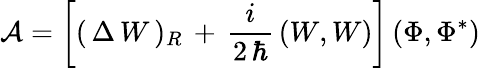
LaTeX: {\cal A}=\left[(\, \Delta\, W\, )_{R}\, +\, \frac{i}{2\, \hbar}\, (W,W)\right]\, (\Phi,\Phi^{*})